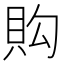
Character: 𧵈